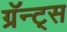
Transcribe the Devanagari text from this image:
ग्रॅन्ट्स